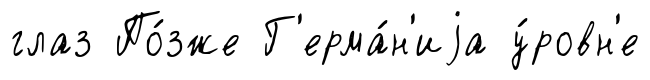
глаз По́зже Г'ерма́н'иjа у́ровн'е